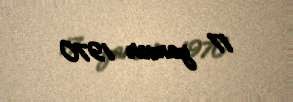
17 yanvar 1970